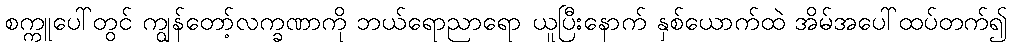
စက္ကူပေါ်တွင် ကျွန်တော့်လက္ခဏာကို ဘယ်ရောညာရော ယူပြီးနောက် နှစ်ယောက်ထဲ အိမ်အပေါ်ထပ်တက်၍